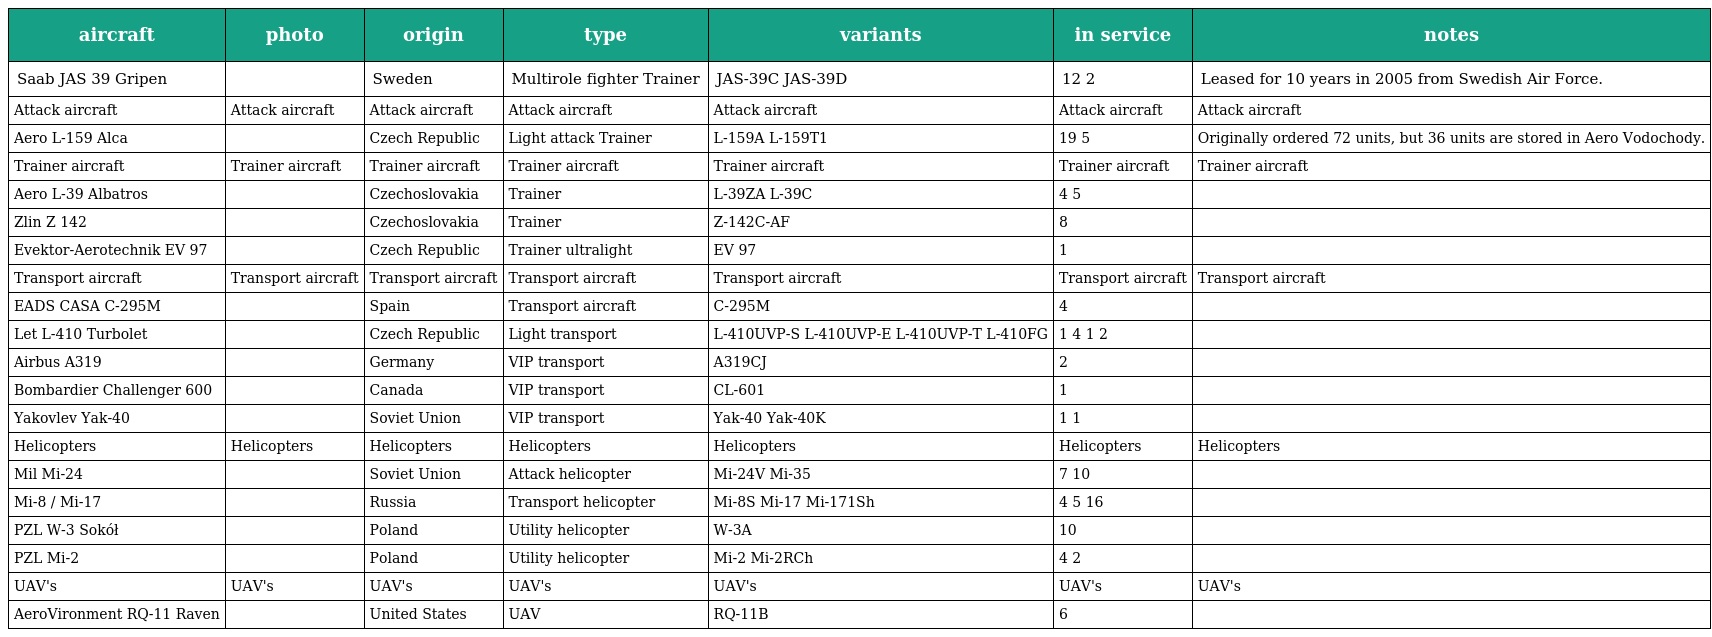
| aircraft | photo | origin | type | variants | in service | notes |
 | --- | --- | --- | --- | --- | --- | --- |
 | Saab JAS 39 Gripen |  | Sweden | Multirole fighter Trainer | JAS-39C JAS-39D | 12 2 | Leased for 10 years in 2005 from Swedish Air Force. |
 | Attack aircraft | Attack aircraft | Attack aircraft | Attack aircraft | Attack aircraft | Attack aircraft | Attack aircraft |
 | Aero L-159 Alca |  | Czech Republic | Light attack Trainer | L-159A L-159T1 | 19 5 | Originally ordered 72 units, but 36 units are stored in Aero Vodochody. |
 | Trainer aircraft | Trainer aircraft | Trainer aircraft | Trainer aircraft | Trainer aircraft | Trainer aircraft | Trainer aircraft |
 | Aero L-39 Albatros |  | Czechoslovakia | Trainer | L-39ZA L-39C | 4 5 |  |
 | Zlin Z 142 |  | Czechoslovakia | Trainer | Z-142C-AF | 8 |  |
 | Evektor-Aerotechnik EV 97 |  | Czech Republic | Trainer ultralight | EV 97 | 1 |  |
 | Transport aircraft | Transport aircraft | Transport aircraft | Transport aircraft | Transport aircraft | Transport aircraft | Transport aircraft |
 | EADS CASA C-295M |  | Spain | Transport aircraft | C-295M | 4 |  |
 | Let L-410 Turbolet |  | Czech Republic | Light transport | L-410UVP-S L-410UVP-E L-410UVP-T L-410FG | 1 4 1 2 |  |
 | Airbus A319 |  | Germany | VIP transport | A319CJ | 2 |  |
 | Bombardier Challenger 600 |  | Canada | VIP transport | CL-601 | 1 |  |
 | Yakovlev Yak-40 |  | Soviet Union | VIP transport | Yak-40 Yak-40K | 1 1 |  |
 | Helicopters | Helicopters | Helicopters | Helicopters | Helicopters | Helicopters | Helicopters |
 | Mil Mi-24 |  | Soviet Union | Attack helicopter | Mi-24V Mi-35 | 7 10 |  |
 | Mi-8 / Mi-17 |  | Russia | Transport helicopter | Mi-8S Mi-17 Mi-171Sh | 4 5 16 |  |
 | PZL W-3 Sokół |  | Poland | Utility helicopter | W-3A | 10 |  |
 | PZL Mi-2 |  | Poland | Utility helicopter | Mi-2 Mi-2RCh | 4 2 |  |
 | UAV's | UAV's | UAV's | UAV's | UAV's | UAV's | UAV's |
 | AeroVironment RQ-11 Raven |  | United States | UAV | RQ-11B | 6 |  |